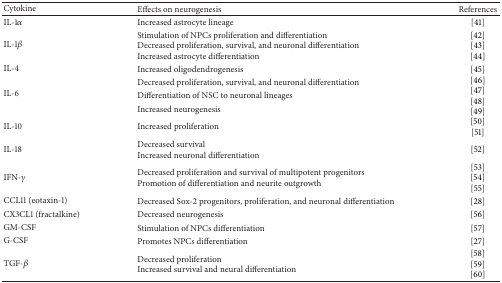
<table><thead><tr><td><b>Cytokine</b></td><td><b>Effects on neurogenesis</b></td><td><b>References</b></td></tr></thead><tbody><tr><td>IL-1<i>α</i></td><td>Increased astrocyte lineage</td><td> [41]</td></tr><tr><td>IL-1<i>β</i></td><td>Stimulation of NPCs proliferation and differentiationDecreased proliferation, survival, and neuronal differentiationIncreased astrocyte differentiation</td><td> [42][43][44] </td></tr><tr><td>IL-4</td><td>Increased oligodendrogenesis</td><td> [45] </td></tr><tr><td rowspan="3">IL-6</td><td>Decreased proliferation, survival, and neuronal differentiation</td><td rowspan="3">[46][47][48][49]</td></tr><tr><td>Differentiation of NSC to neuronal lineages</td></tr><tr><td>Increased neurogenesis </td></tr><tr><td>IL-10</td><td>Increased proliferation</td><td>[50][51] </td></tr><tr><td>IL-18</td><td>Decreased survivalIncreased neuronal differentiation</td><td> [52] </td></tr><tr><td>IFN-<i>γ</i></td><td>Decreased proliferation and survival of multipotent progenitorsPromotion of differentiation and neurite outgrowth</td><td> [53][54][55] </td></tr><tr><td>CCL11 (eotaxin-1)</td><td>Decreased Sox-2 progenitors, proliferation, and neuronal differentiation</td><td> [28] </td></tr><tr><td>CX3CL1 (fractalkine)</td><td>Decreased neurogenesis</td><td> [56]</td></tr><tr><td>GM-CSF</td><td>Stimulation of NPCs differentiation</td><td> [57]</td></tr><tr><td>G-CSF</td><td>Promotes NPCs differentiation</td><td>[27] </td></tr><tr><td>TGF-<i>β</i></td><td>Decreased proliferationIncreased survival and neural differentiation</td><td> [58][59] [60]</td></tr></tbody></table>